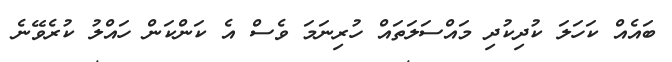
ބައެއް ކަހަލަ ކުދިކުދި މައްސަލަތައް ހުރިނަމަ ވެސް އެ ކަންކަން ހައްލު ކުރެވޭނެ